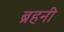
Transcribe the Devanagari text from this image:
ब्रहनी